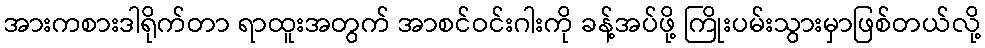
အားကစားဒါရိုက်တာ ရာထူးအတွက် အာစင်ဝင်းဂါးကို ခန့်အပ်ဖို့ ကြိုးပမ်းသွားမှာဖြစ်တယ်လို့